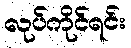
လုပ်ကိုင်ရင်း